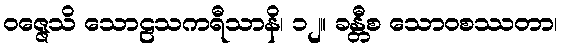
ဝဇ္ဇေသိ သောဠသကရီသာနိ၊ ၁၂။ ခန္တီစ သောဝစဿတာ၊